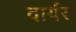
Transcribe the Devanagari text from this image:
वार्यर